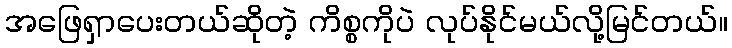
အဖြေရှာပေးတယ်ဆိုတဲ့ ကိစ္စကိုပဲ လုပ်နိုင်မယ်လို့မြင်တယ်။